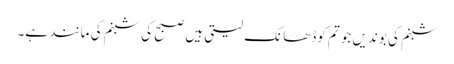
شبنم کی بوندیں جو تم کوڈھانک لیتی ہیں صبح کی شبنم کی مانند ہے۔